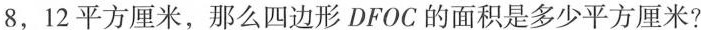
8，12平方厘米，那么四边形DFOC的面积是多少平方厘米?